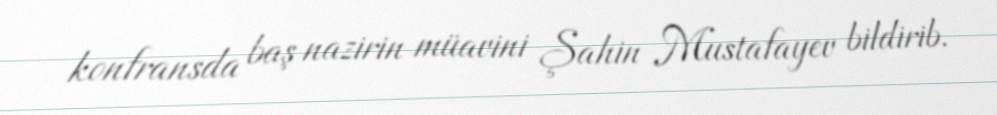
konfransda baş nazirin müavini Şahin Mustafayev bildirib.